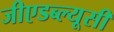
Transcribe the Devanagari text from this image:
जीएडब्ल्यूसी